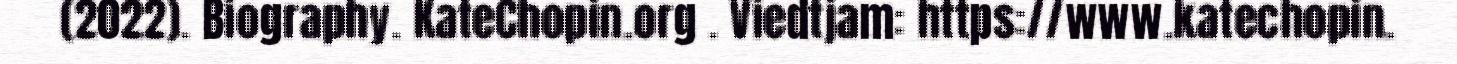
(2022). Biography. KateChopin.org . Viedtjam: https://www.katechopin.